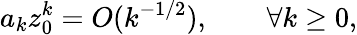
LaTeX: a_{k}z_{0}^{k}=O(k^{-1/2}),\qquad\forall k\geq 0,